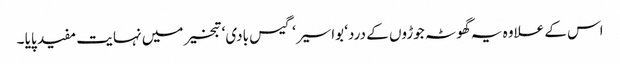
اس کے علاوہ یہ گھوٹہ جوڑوں کے درد‘ بواسیر‘ گیس بادی‘ تبخیر میں نہایت مفید پایا ۔